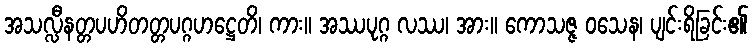
အသလ္လီနတ္တပဟိတတ္တပဂ္ဂဟဋ္ဌေတိ၊ ကား။ အဿပုဂ္ဂ လဿ၊ အား။ ကောသဇ္ဇ ဝသေန၊ ပျင်းရိခြင်း၏